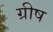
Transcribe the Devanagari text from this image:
ग्रीष